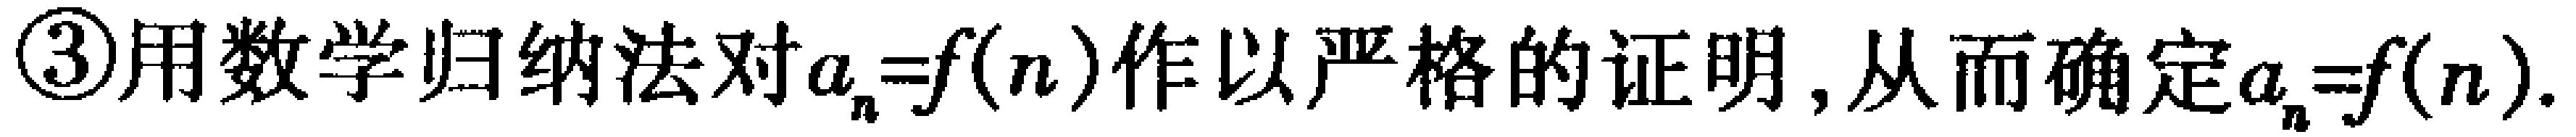
\textcircled{3}用数学归纳法对\(a_{n}=f(n)\)作以严格的证明, 从而确定\(a_{n}=f(n)\).